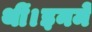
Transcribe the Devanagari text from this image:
थीं।इनमें